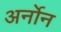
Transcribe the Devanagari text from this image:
अर्नोन